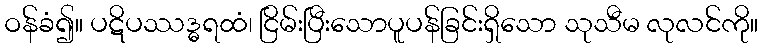
ဝန်ခံ၍။ ပဋိပဿဒ္ဓရထံ၊ ငြိမ်းပြီးသောပူပန်ခြင်းရှိသော သုသီမ လုလင်ကို။